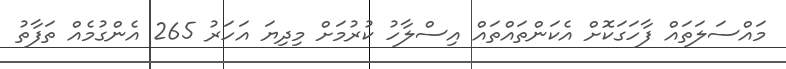
މައްސަލަތައް ފާހަގަކޮށް އެކަންތައްތައް އިސްލާހު ކުރުމަށް މިދިޔަ އަހަރު 265 އެންގުމެއް ތަފާތު